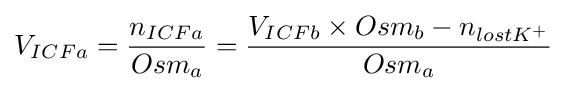
V_{ICFa}={\frac {n_{ICFa}}{Osm_{a}}}={\frac {V_{ICFb}\times Osm_{b}-n_{lostK^{+}}}{Osm_{a}}}